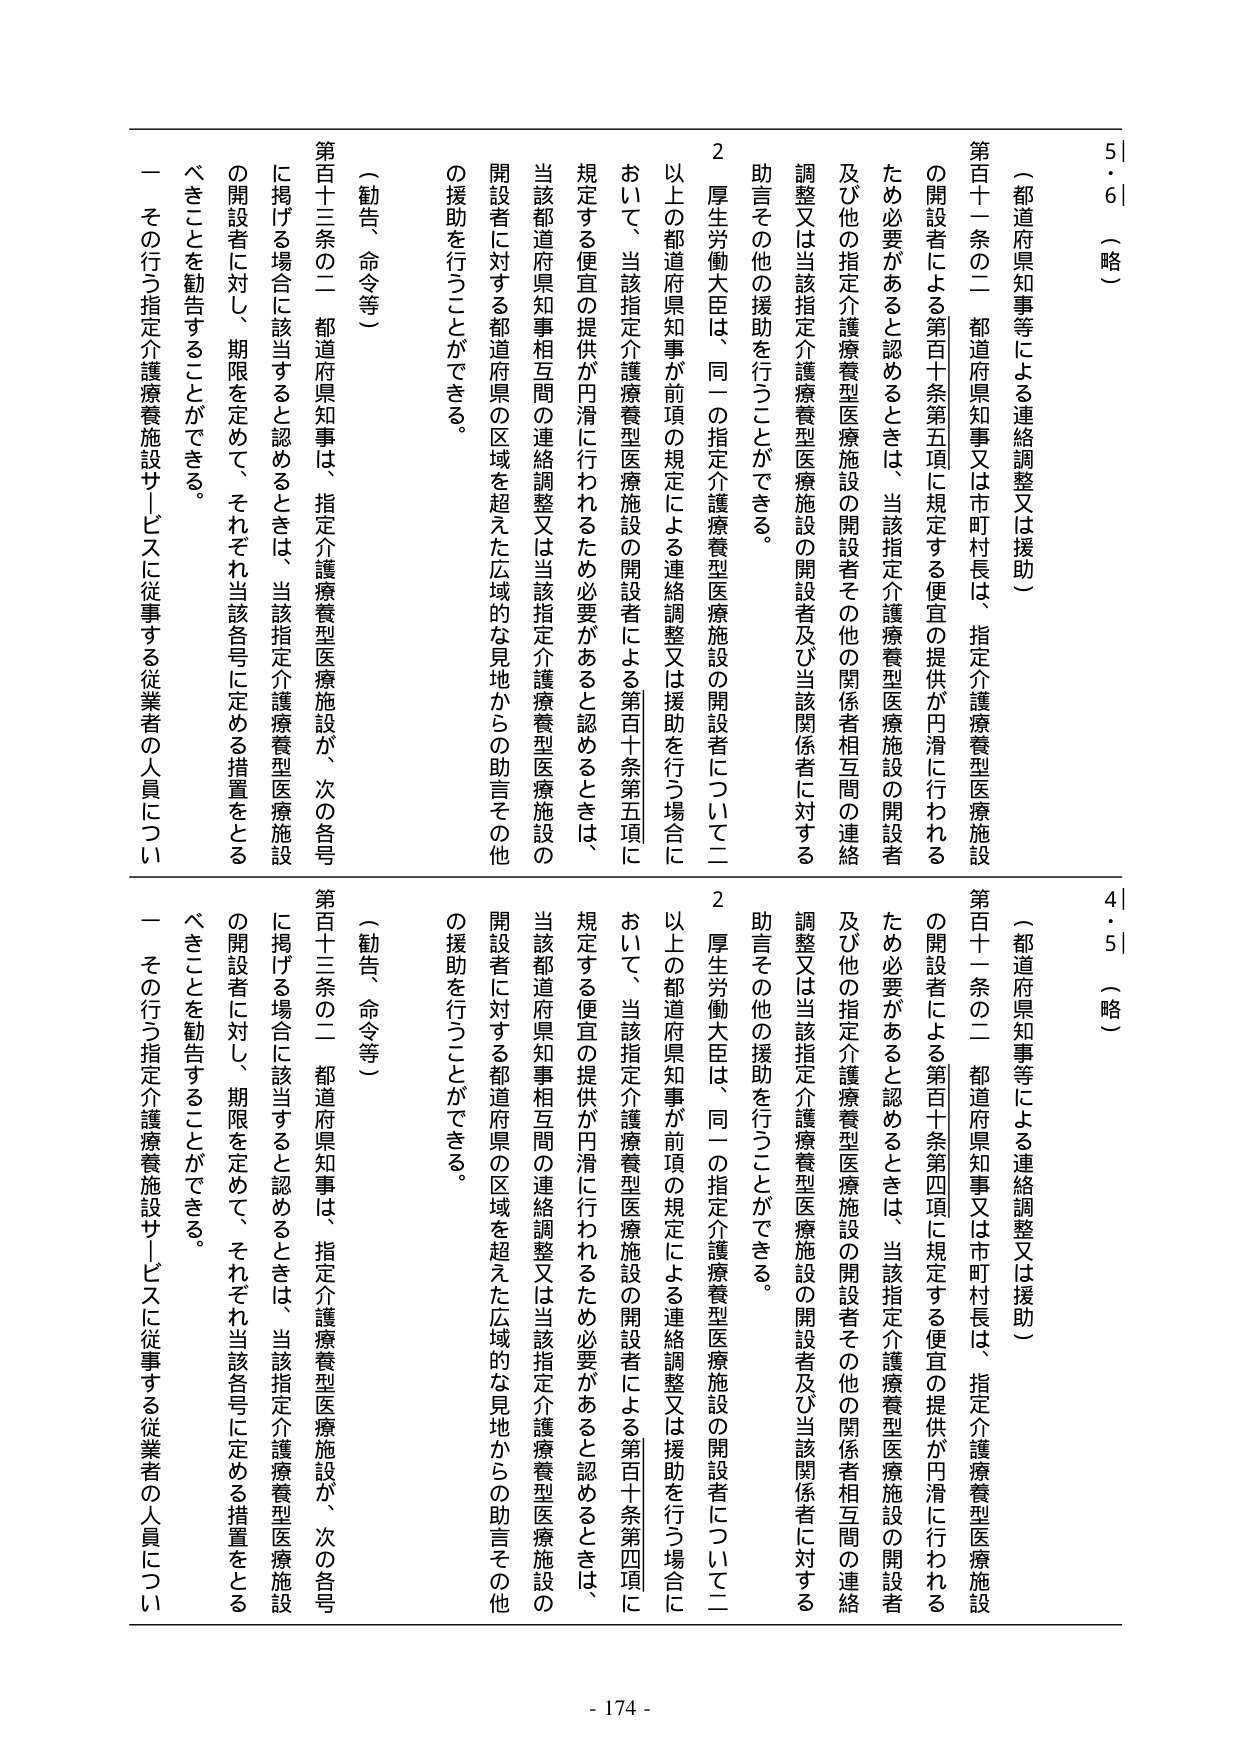
5・6 （略）
（都道府県知事等による連絡調整又は援助）
第百十一条の二 都道府県知事又は市町村長は、指定介護療養型医療施設
の開設者による第百十条第五項に規定する便宜の提供が円滑に行われる
ため必要があると認めるときは、当該指定介護療養型医療施設の開設者
及び他の指定介護療養型医療施設の開設者その他の関係者相互間の連絡
調整又は当該指定介護療養型医療施設の開設者及び当該関係者に対する
助言その他の援助を行うことができる。
2 厚生労働大臣は、同一の指定介護療養型医療施設の開設者について二
以上の都道府県知事が前項の規定による連絡調整又は援助を行う場合に
おいて、当該指定介護療養型医療施設の開設者による第百十条第五項に
規定する便宜の提供が円滑に行われるため必要があると認めるときは、
当該都道府県知事相互間の連絡調整又は当該指定介護療養型医療施設の
開設者に対する都道府県の区域を超えた広域的な見地からの助言その他
の援助を行うことができる。
（勧告、命令等）
第百十三条の二 都道府県知事は、指定介護療養型医療施設が、次の各号
に掲げる場合に該当すると認めるときは、当該指定介護療養型医療施設
の開設者に対し、期限を定めて、それぞれ当該各号に定める措置をとる
べきことを勧告することができる。
一 その行う指定介護療養施設サービスに従事する従業者の人員につい

4・5 （略）
（都道府県知事等による連絡調整又は援助）
第百十一条の二 都道府県知事又は市町村長は、指定介護療養型医療施設
の開設者による第百十条第四項に規定する便宜の提供が円滑に行われる
ため必要があると認めるときは、当該指定介護療養型医療施設の開設者
及び他の指定介護療養型医療施設の開設者その他の関係者相互間の連絡
調整又は当該指定介護療養型医療施設の開設者及び当該関係者に対する
助言その他の援助を行うことができる。
2 厚生労働大臣は、同一の指定介護療養型医療施設の開設者について二
以上の都道府県知事が前項の規定による連絡調整又は援助を行う場合に
おいて、当該指定介護療養型医療施設の開設者による第百十条第四項に
規定する便宜の提供が円滑に行われるため必要があると認めるときは、
当該都道府県知事相互間の連絡調整又は当該指定介護療養型医療施設の
開設者に対する都道府県の区域を超えた広域的な見地からの助言その他
の援助を行うことができる。
（勧告、命令等）
第百十三条の二 都道府県知事は、指定介護療養型医療施設が、次の各号
に掲げる場合に該当すると認めるときは、当該指定介護療養型医療施設
の開設者に対し、期限を定めて、それぞれ当該各号に定める措置をとる
べきことを勧告することができる。
一 その行う指定介護療養施設サービスに従事する従業者の人員につい

- 174 -